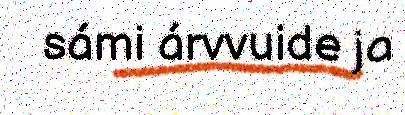
sámi árvvuide ja